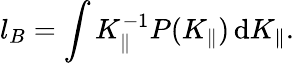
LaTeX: l_{B}=\int K_{\parallel}^{-1}P(K_{\parallel})\, \mathrm{d}K_{\parallel}.